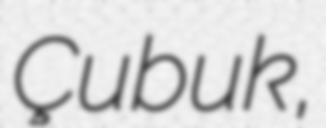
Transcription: Çubuk,